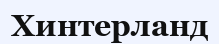
Хинтерланд